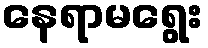
နေရာမရွေး